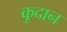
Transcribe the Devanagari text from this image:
कूदान